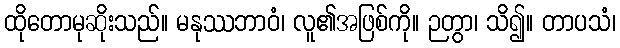
ထိုတောမုဆိုးသည်။ မနုဿဘာဝံ၊ လူ၏အဖြစ်ကို။ ဉတွာ၊ သိ၍။ တာပသံ၊